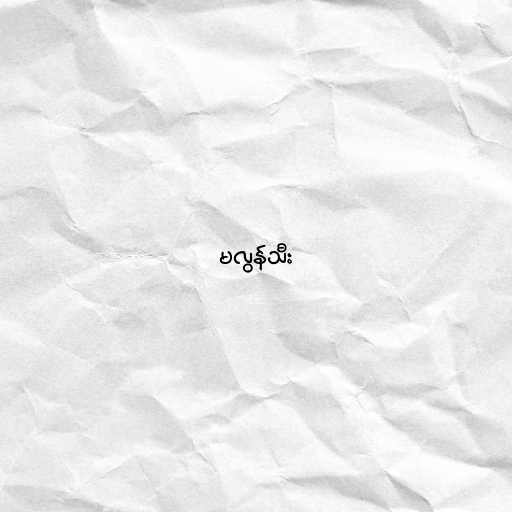
မလွန်သီး